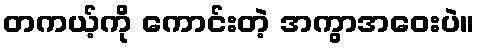
တကယ့်ကို ကောင်းတဲ့ အကွာအဝေးပဲ။